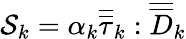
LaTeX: \mathcal{S}_{k}=\alpha_{k}\overline{{\overline{{\tau}}}}_{k}:\overline{{\overline{{D}}}}_{k}